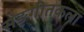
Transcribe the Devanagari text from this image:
सङ्गीतकला